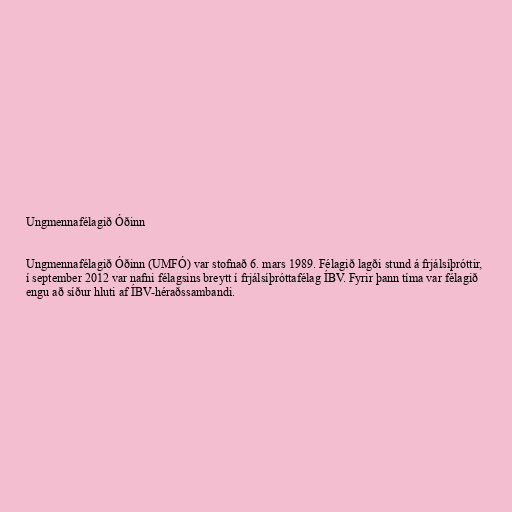
Ungmennafélagið Óðinn

Ungmennafélagið Óðinn (UMFÓ) var stofnað 6. mars 1989. Félagið lagði stund á frjálsíþróttir,
í september 2012 var nafni félagsins breytt í frjálsíþróttafélag ÍBV. Fyrir þann tíma var félagið
engu að síður hluti af ÍBV-héraðssambandi.